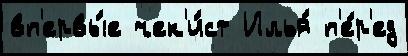
вп'ервы́е чек'и́ст Илья́ п'е́р'ед